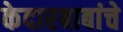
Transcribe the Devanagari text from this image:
केदारबाबांचे